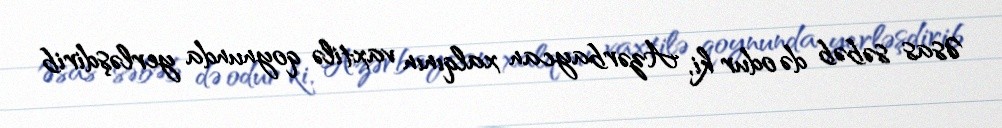
Əsas səbəb də odur ki, Azərbaycan xalqının vaxtilə qoynunda yerləşdirib